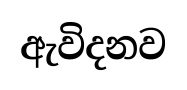
ඇවිදනව